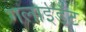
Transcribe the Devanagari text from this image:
गलाईडेंट